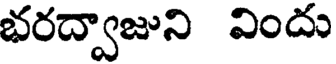
భరద్వాజుని విందు